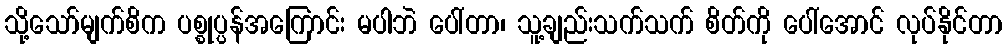
သို့သော်မျက်စိက ပစ္စုပ္ပန်အကြောင်း မပါဘဲ ပေါ်တာ၊ သူ့ချည်းသက်သက် စိတ်ကို ပေါ်အောင် လုပ်နိုင်တာ